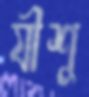
যীশু